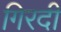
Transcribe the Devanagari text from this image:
गिरदी